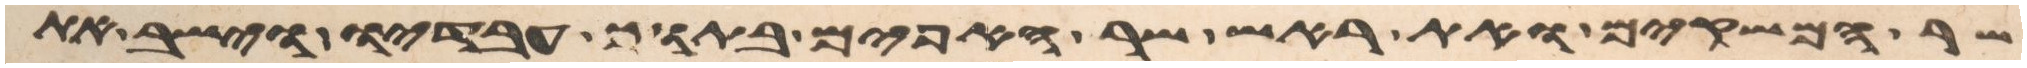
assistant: שר המשקים ואת ראש שר האפים בתוך עבדיו וישב את